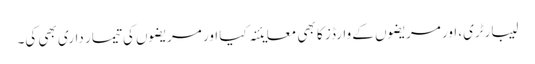
لیبارٹری، اور مریضوں کے وارڈز کا بھی معایئنہ کیا اور مریضوں کی تیمار داری بھی کی۔